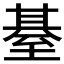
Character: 𦥄